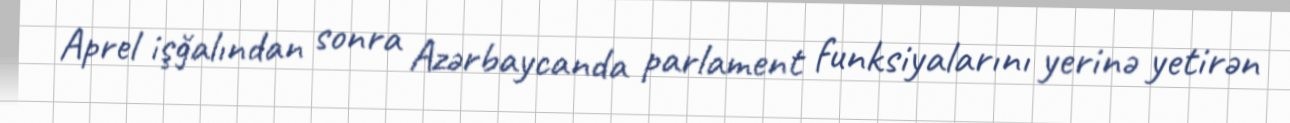
Aprel işğalından sonra Azərbaycanda parlament funksiyalarını yerinə yetirən